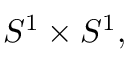
S ^ { 1 } \times S ^ { 1 } ,